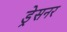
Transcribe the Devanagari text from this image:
ड्रेसनर